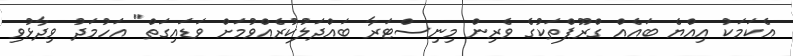
އެކަމަކު އިއްޔެ ބައެއް ގްރޫޕްތަކުގެ ވެރިން މިނިސްޓަރާ ބައްދަލުކުރެއްވުމަށް ވަޑައިގަތް" އަހުމަދު ވިދާޅުވި